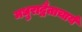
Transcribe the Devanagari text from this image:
मधुराद्वैताचार्य